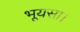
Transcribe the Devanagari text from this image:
भूयसा।